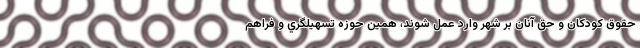
حقوق كودكان و حق آنان بر شهر وارد عمل شوند، همين حوزه تسهيلگري و فراهم